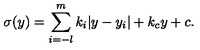
\sigma ( y ) = \sum _ { i = - l } ^ { m } k _ { i } | y - y _ { i } | + k _ { c } y + c . \,